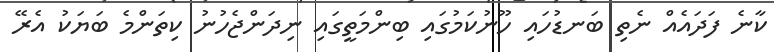
ކާނެ ފަދައެއް ނެތި ބަނޑުހައި ހޫނުކަމުގައި ބިންމަތީގައި ނިދަންޖެހުނު ކިތަންމެ ބަޔަކު އެރޭ